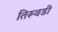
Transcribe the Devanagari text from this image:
तिरूवडी